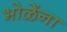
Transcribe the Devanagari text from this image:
भोळेंना